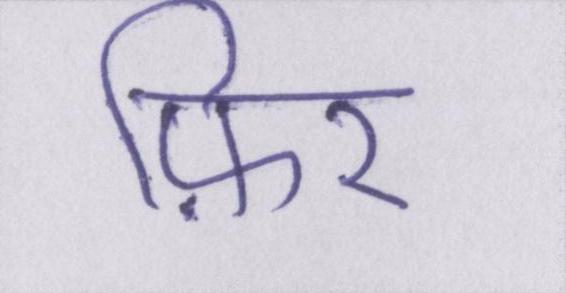
फ़िर